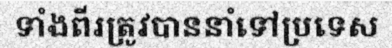
ទាំងពីរត្រូវបាននាំទៅប្រទេស